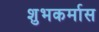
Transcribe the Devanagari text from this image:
शुभकर्मास